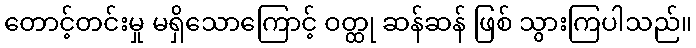
တောင့်တင်းမှု မရှိသောကြောင့် ဝတ္ထု ဆန်ဆန် ဖြစ် သွားကြပါသည်။